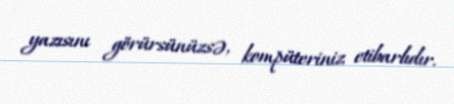
yazısını görürsünüzsə, kompüteriniz etibarlıdır.